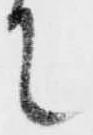
て